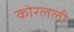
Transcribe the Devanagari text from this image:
कोरलली